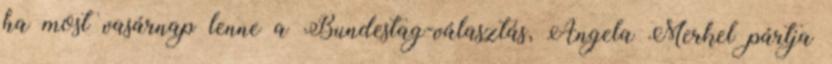
ha most vasárnap lenne a Bundestag-választás, Angela Merkel pártja